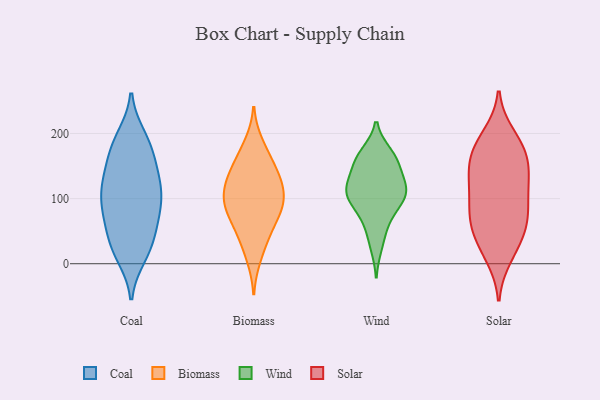
{"axis": {"x": "Humidity (%)", "y": "Value"}, "legend": ["Biomass", "Coal", "Solar", "Wind"], "data": [{"x": "", "y": 20, "type": "Coal"}, {"x": "", "y": 120, "type": "Coal"}, {"x": "", "y": 77, "type": "Coal"}, {"x": "", "y": 101, "type": "Coal"}, {"x": "", "y": 13, "type": "Coal"}, {"x": "", "y": 185, "type": "Coal"}, {"x": "", "y": 43, "type": "Coal"}, {"x": "", "y": 23, "type": "Coal"}, {"x": "", "y": 120, "type": "Coal"}, {"x": "", "y": 82, "type": "Coal"}, {"x": "", "y": 113, "type": "Coal"}, {"x": "", "y": 124, "type": "Coal"}, {"x": "", "y": 37, "type": "Coal"}, {"x": "", "y": 78, "type": "Coal"}, {"x": "", "y": 162, "type": "Coal"}, {"x": "", "y": 75, "type": "Coal"}, {"x": "", "y": 139, "type": "Coal"}, {"x": "", "y": 187, "type": "Coal"}, {"x": "", "y": 165, "type": "Coal"}, {"x": "", "y": 194, "type": "Coal"}, {"x": "", "y": 167, "type": "Biomass"}, {"x": "", "y": 91, "type": "Biomass"}, {"x": "", "y": 87, "type": "Biomass"}, {"x": "", "y": 184, "type": "Biomass"}, {"x": "", "y": 135, "type": "Biomass"}, {"x": "", "y": 91, "type": "Biomass"}, {"x": "", "y": 36, "type": "Biomass"}, {"x": "", "y": 52, "type": "Biomass"}, {"x": "", "y": 115, "type": "Biomass"}, {"x": "", "y": 83, "type": "Biomass"}, {"x": "", "y": 149, "type": "Biomass"}, {"x": "", "y": 120, "type": "Biomass"}, {"x": "", "y": 109, "type": "Biomass"}, {"x": "", "y": 64, "type": "Biomass"}, {"x": "", "y": 138, "type": "Biomass"}, {"x": "", "y": 10, "type": "Biomass"}, {"x": "", "y": 162, "type": "Wind"}, {"x": "", "y": 84, "type": "Wind"}, {"x": "", "y": 112, "type": "Wind"}, {"x": "", "y": 76, "type": "Wind"}, {"x": "", "y": 120, "type": "Wind"}, {"x": "", "y": 52, "type": "Wind"}, {"x": "", "y": 168, "type": "Wind"}, {"x": "", "y": 108, "type": "Wind"}, {"x": "", "y": 101, "type": "Wind"}, {"x": "", "y": 117, "type": "Wind"}, {"x": "", "y": 28, "type": "Wind"}, {"x": "", "y": 148, "type": "Wind"}, {"x": "", "y": 163, "type": "Wind"}, {"x": "", "y": 105, "type": "Wind"}, {"x": "", "y": 118, "type": "Wind"}, {"x": "", "y": 156, "type": "Wind"}, {"x": "", "y": 158, "type": "Solar"}, {"x": "", "y": 64, "type": "Solar"}, {"x": "", "y": 164, "type": "Solar"}, {"x": "", "y": 22, "type": "Solar"}, {"x": "", "y": 63, "type": "Solar"}, {"x": "", "y": 167, "type": "Solar"}, {"x": "", "y": 116, "type": "Solar"}, {"x": "", "y": 197, "type": "Solar"}, {"x": "", "y": 149, "type": "Solar"}, {"x": "", "y": 192, "type": "Solar"}, {"x": "", "y": 126, "type": "Solar"}, {"x": "", "y": 112, "type": "Solar"}, {"x": "", "y": 28, "type": "Solar"}, {"x": "", "y": 66, "type": "Solar"}, {"x": "", "y": 68, "type": "Solar"}, {"x": "", "y": 11, "type": "Solar"}, {"x": "", "y": 123, "type": "Solar"}, {"x": "", "y": 96, "type": "Solar"}, {"x": "", "y": 175, "type": "Solar"}, {"x": "", "y": 63, "type": "Solar"}]}